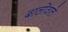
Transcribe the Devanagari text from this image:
बालोंवाले